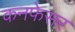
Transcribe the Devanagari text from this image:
कनफेसर